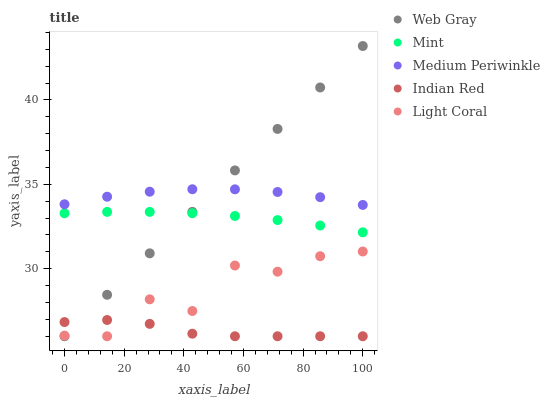
| xaxis_label | Web Gray | Mint | Medium Periwinkle | Indian Red | Light Coral |
 | --- | --- | --- | --- | --- | --- |
 | 0 | 26 | 33.3 | 33.8 | 26.8 | 26 |
 | 14.3 | 28.5 | 33.4 | 34.3 | 27 | 26 |
 | 28.6 | 30.9 | 33.4 | 34.6 | 26.7 | 28.2 |
 | 42.9 | 33.4 | 33.3 | 34.7 | 26.2 | 27.5 |
 | 57.1 | 35.8 | 33.1 | 34.7 | 26 | 30.2 |
 | 71.4 | 38.3 | 32.9 | 34.5 | 26 | 29.8 |
 | 85.7 | 40.7 | 32.6 | 34.2 | 26 | 30.7 |
 | 100 | 43.2 | 32.2 | 33.8 | 26 | 31 |